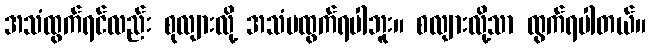
အသံထွက်ရင်လည်း စုလျားလို့ အသံမထွက်ရပါဘူး။ စလျားလို့သာ ထွက်ရပါတယ်။